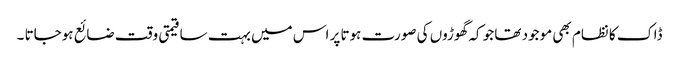
ڈاک کا نظام بھی موجود تھا جو کہ گھوڑوں کی صورت ہوتا پر اس میں بہت سا قیمتی وقت ضائع ہوجاتا ۔